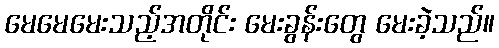
မေမေမေးသည့်အတိုင်း မေးခွန်းတွေ မေးခဲ့သည်။